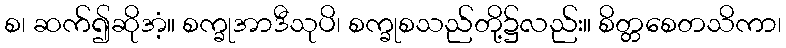
စ၊ ဆက်၍ဆိုအံ့။ စက္ခုအာဒီသုပိ၊ စက္ခုစသည်တို့၌လည်း။ စိတ္တစေတသိကာ၊